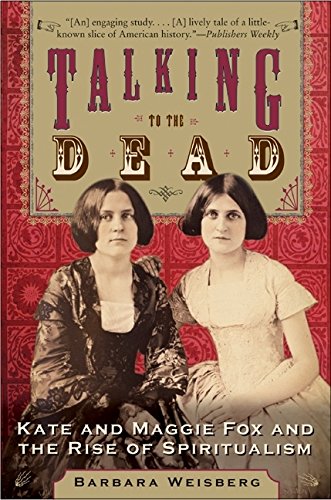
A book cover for Talking to the Dead: Kate and Maggie Fox and the Rise of Spiritualism; Barbara Weisberg; Religion & Spirituality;